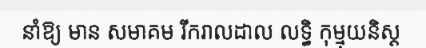
នាំឱ្យ មាន សមាគម រីករាលដាល លទ្ធិ កុម្មុយនិស្ត